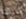
كنت